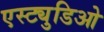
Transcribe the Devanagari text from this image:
एस्ट्युडिओ